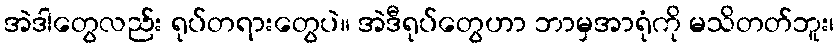
အဲဒါတွေလည်း ရုပ်တရားတွေပဲ။ အဲဒီရုပ်တွေဟာ ဘာမှအာရုံကို မသိတတ်ဘူး၊